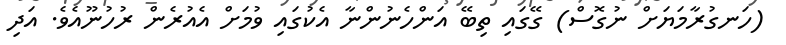
(ހަނގުރާމަޔަށް ނުގޮސް) ގޭގައި ތިބޭ އަންހެނުންނާ އެކުގައި ވުމަށް އެއުރެން ރުހުނޫއެވެ. އަދި